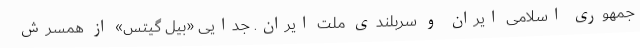
جمهوری اسلامی ایران و سربلندی ملت ایران. جدایی «بیل گیتس» از همسرش